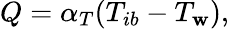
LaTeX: Q=\alpha_{T}(T_{ib}-T_{\mathbf{w}}),